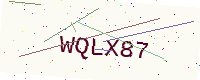
Text: WQLX87